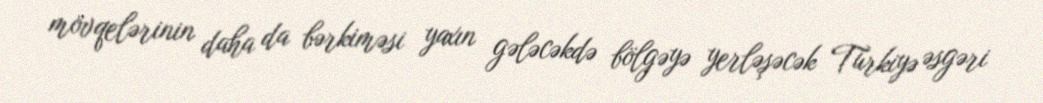
mövqelərinin daha da bərkiməsi yaxın gələcəkdə bölgəyə yerləşəcək Türkiyə əsgəri